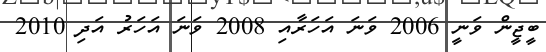
ބީޖީން ވަނީ 2006 ވަނަ އަހަރާއި 2008 ވަނަ އަހަރު އަދި 2010